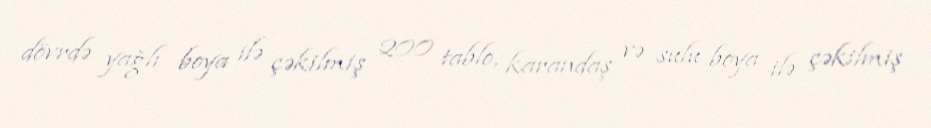
dövrdə yağlı boya ilə çəkilmiş 200 tablo, karandaş və sulu boya ilə çəkilmiş